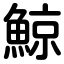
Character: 鯨